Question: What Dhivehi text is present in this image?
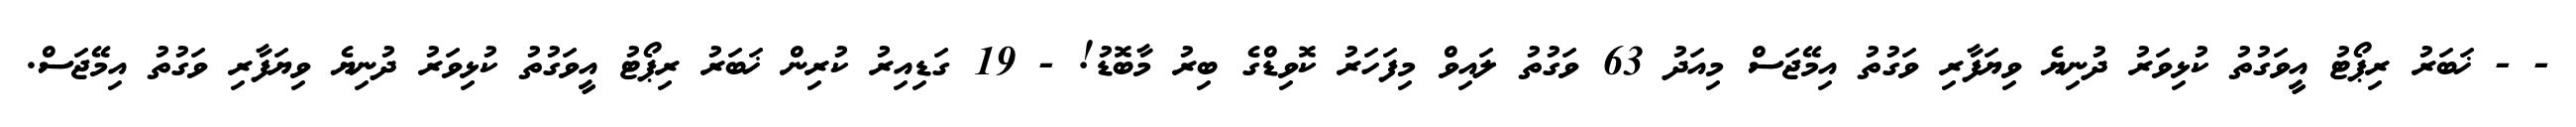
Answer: - - ޚަބަރު ރިޕޯޓު އީވަގުތު ކުޅިވަރު ދުނިޔެ ވިޔަފާރި ވަގުތު އިމޭޖަސް މިއަދު 63 ވަގުތު ލައިވް މިފަހަރު ކޮވިޑްގެ ބިރު މާބޮޑު! - 19 ގަޑިއިރު ކުރިން ޚަބަރު ރިޕޯޓު އީވަގުތު ކުޅިވަރު ދުނިޔެ ވިޔަފާރި ވަގުތު އިމޭޖަސް.